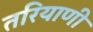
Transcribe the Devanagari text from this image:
तरियाणी